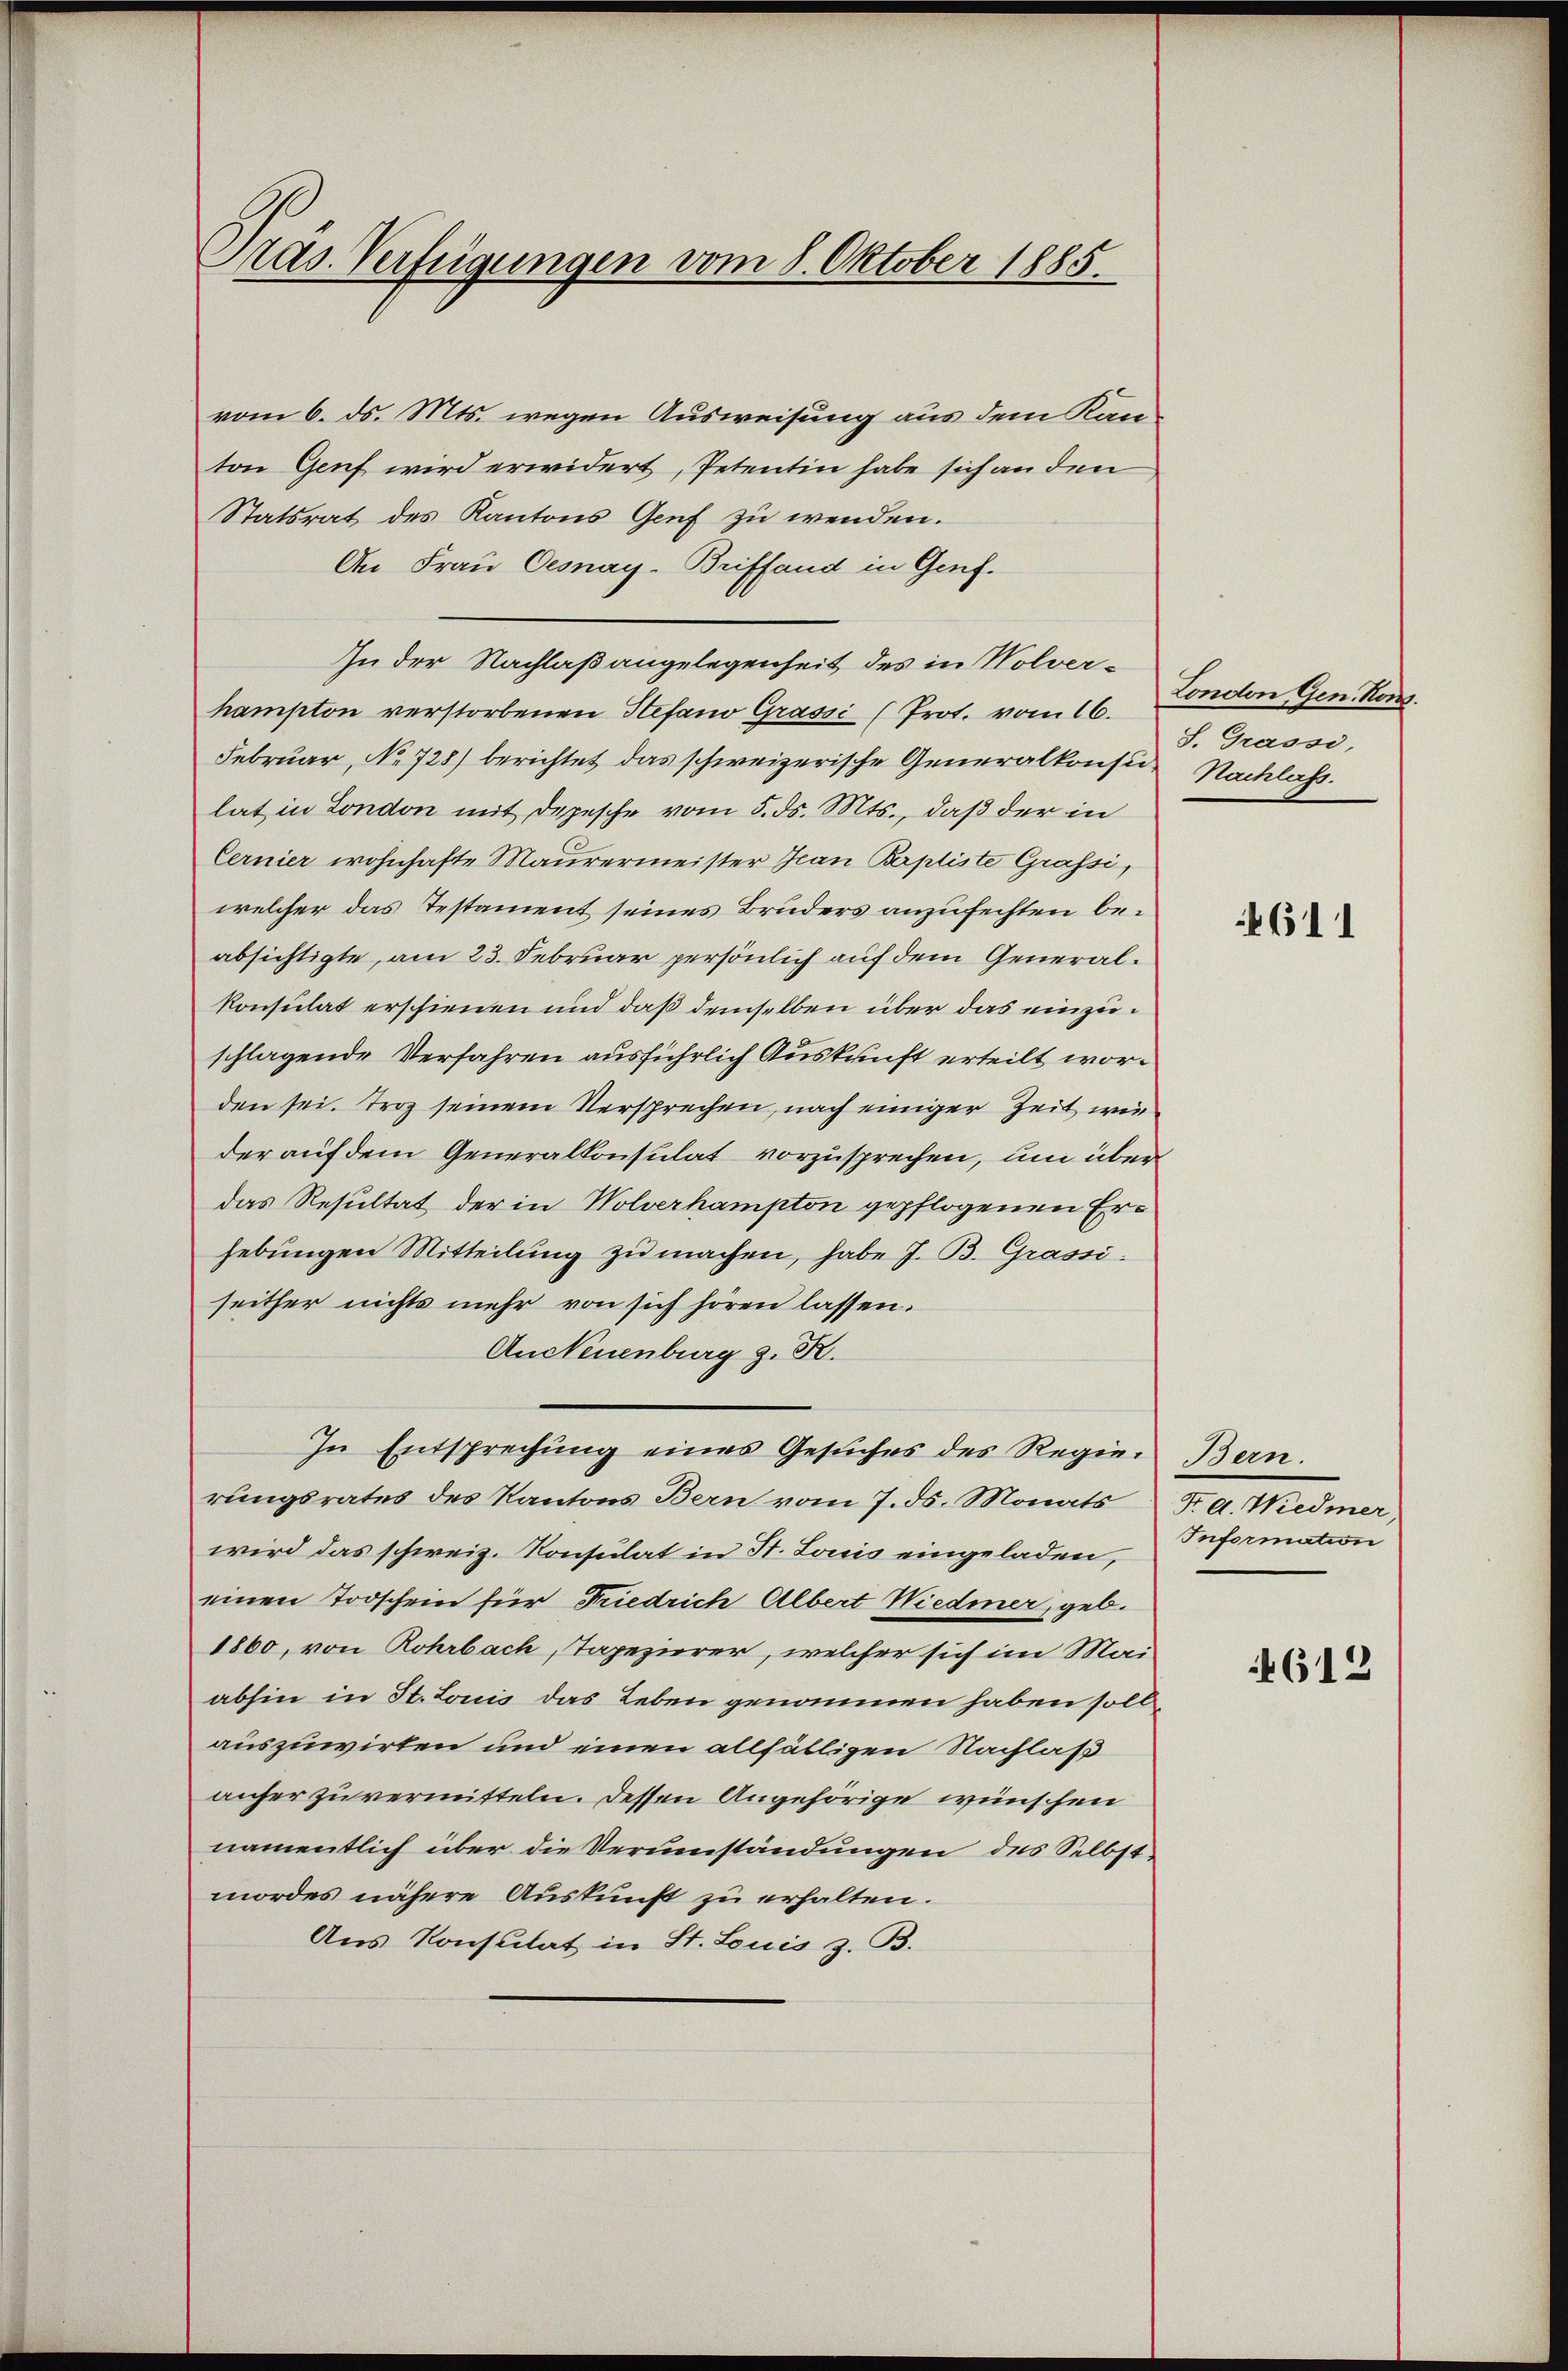
Präs. Verfügungen vom 8. Oktober 1885.

vom 6. ds. Mts. wegen Ausweisung aus dem Kanton Genf wird erwidert, Petentin habe sich an den
Statsrat des Kantons Genf zu wenden.
An Frau Oesnay-Briffend in Genf.
In der Nachlaßangelegenheit des in Wolverhampton verstorbenen Stefano Grassi (Prot. vom 16.
Februar, No 728) berichtet das schweizerische Generalkonsu Nachlass
lat in London mit Depesche vom 5. ds. Mts., daß der in
Cernier wohnhafte Maurermeister an Baptiste Grassi,
welcher das Testament seines Bruders anzufechten beabsichtigte, am 23. Februar persönlich auf dem Generalkonsulat erschienen und daß demselben über das einzuschlagende Verfahren ausführlich Auskunft erteilt worden sei. Troz seinem Versprechen, nach einiger Zeit wie
der auf dem Generalkonsulat vorzusprechen, um über
das Resultat der in Wolverhampton gepflogenen Erhebungen Mitteilung zu machen, habe J. B. Grassi
seither nichts mehr von sich hören lassen.
AnNeuenburg z. R.
In Entsprechung eines Gesuches des Regie-Bern.
rungsrates des Kantons Bern vom 7. ds. Monats F. d. Wiedmer,
wird das schweiz. Konsulat in St. Louis eingeladen,
einen Todschein für Friedrich Albert Wiedener, geb.
1860, von Rohrbach, Tapezierer, welcher sich im Mai
abhin in St. Louis das Leben genommen haben sollauszuwirken und einen allfälligen Nachlaß
anfer zu vermitteln. Dessen Angehörige wünschen
namentlich über die Verumständungen des Selbst
mordes nähere Auskunft zu erhalten.
Aus Konsulat in St. Louis z. B.

London Gen. Kons.
S. Grassi,

Information

4611

612